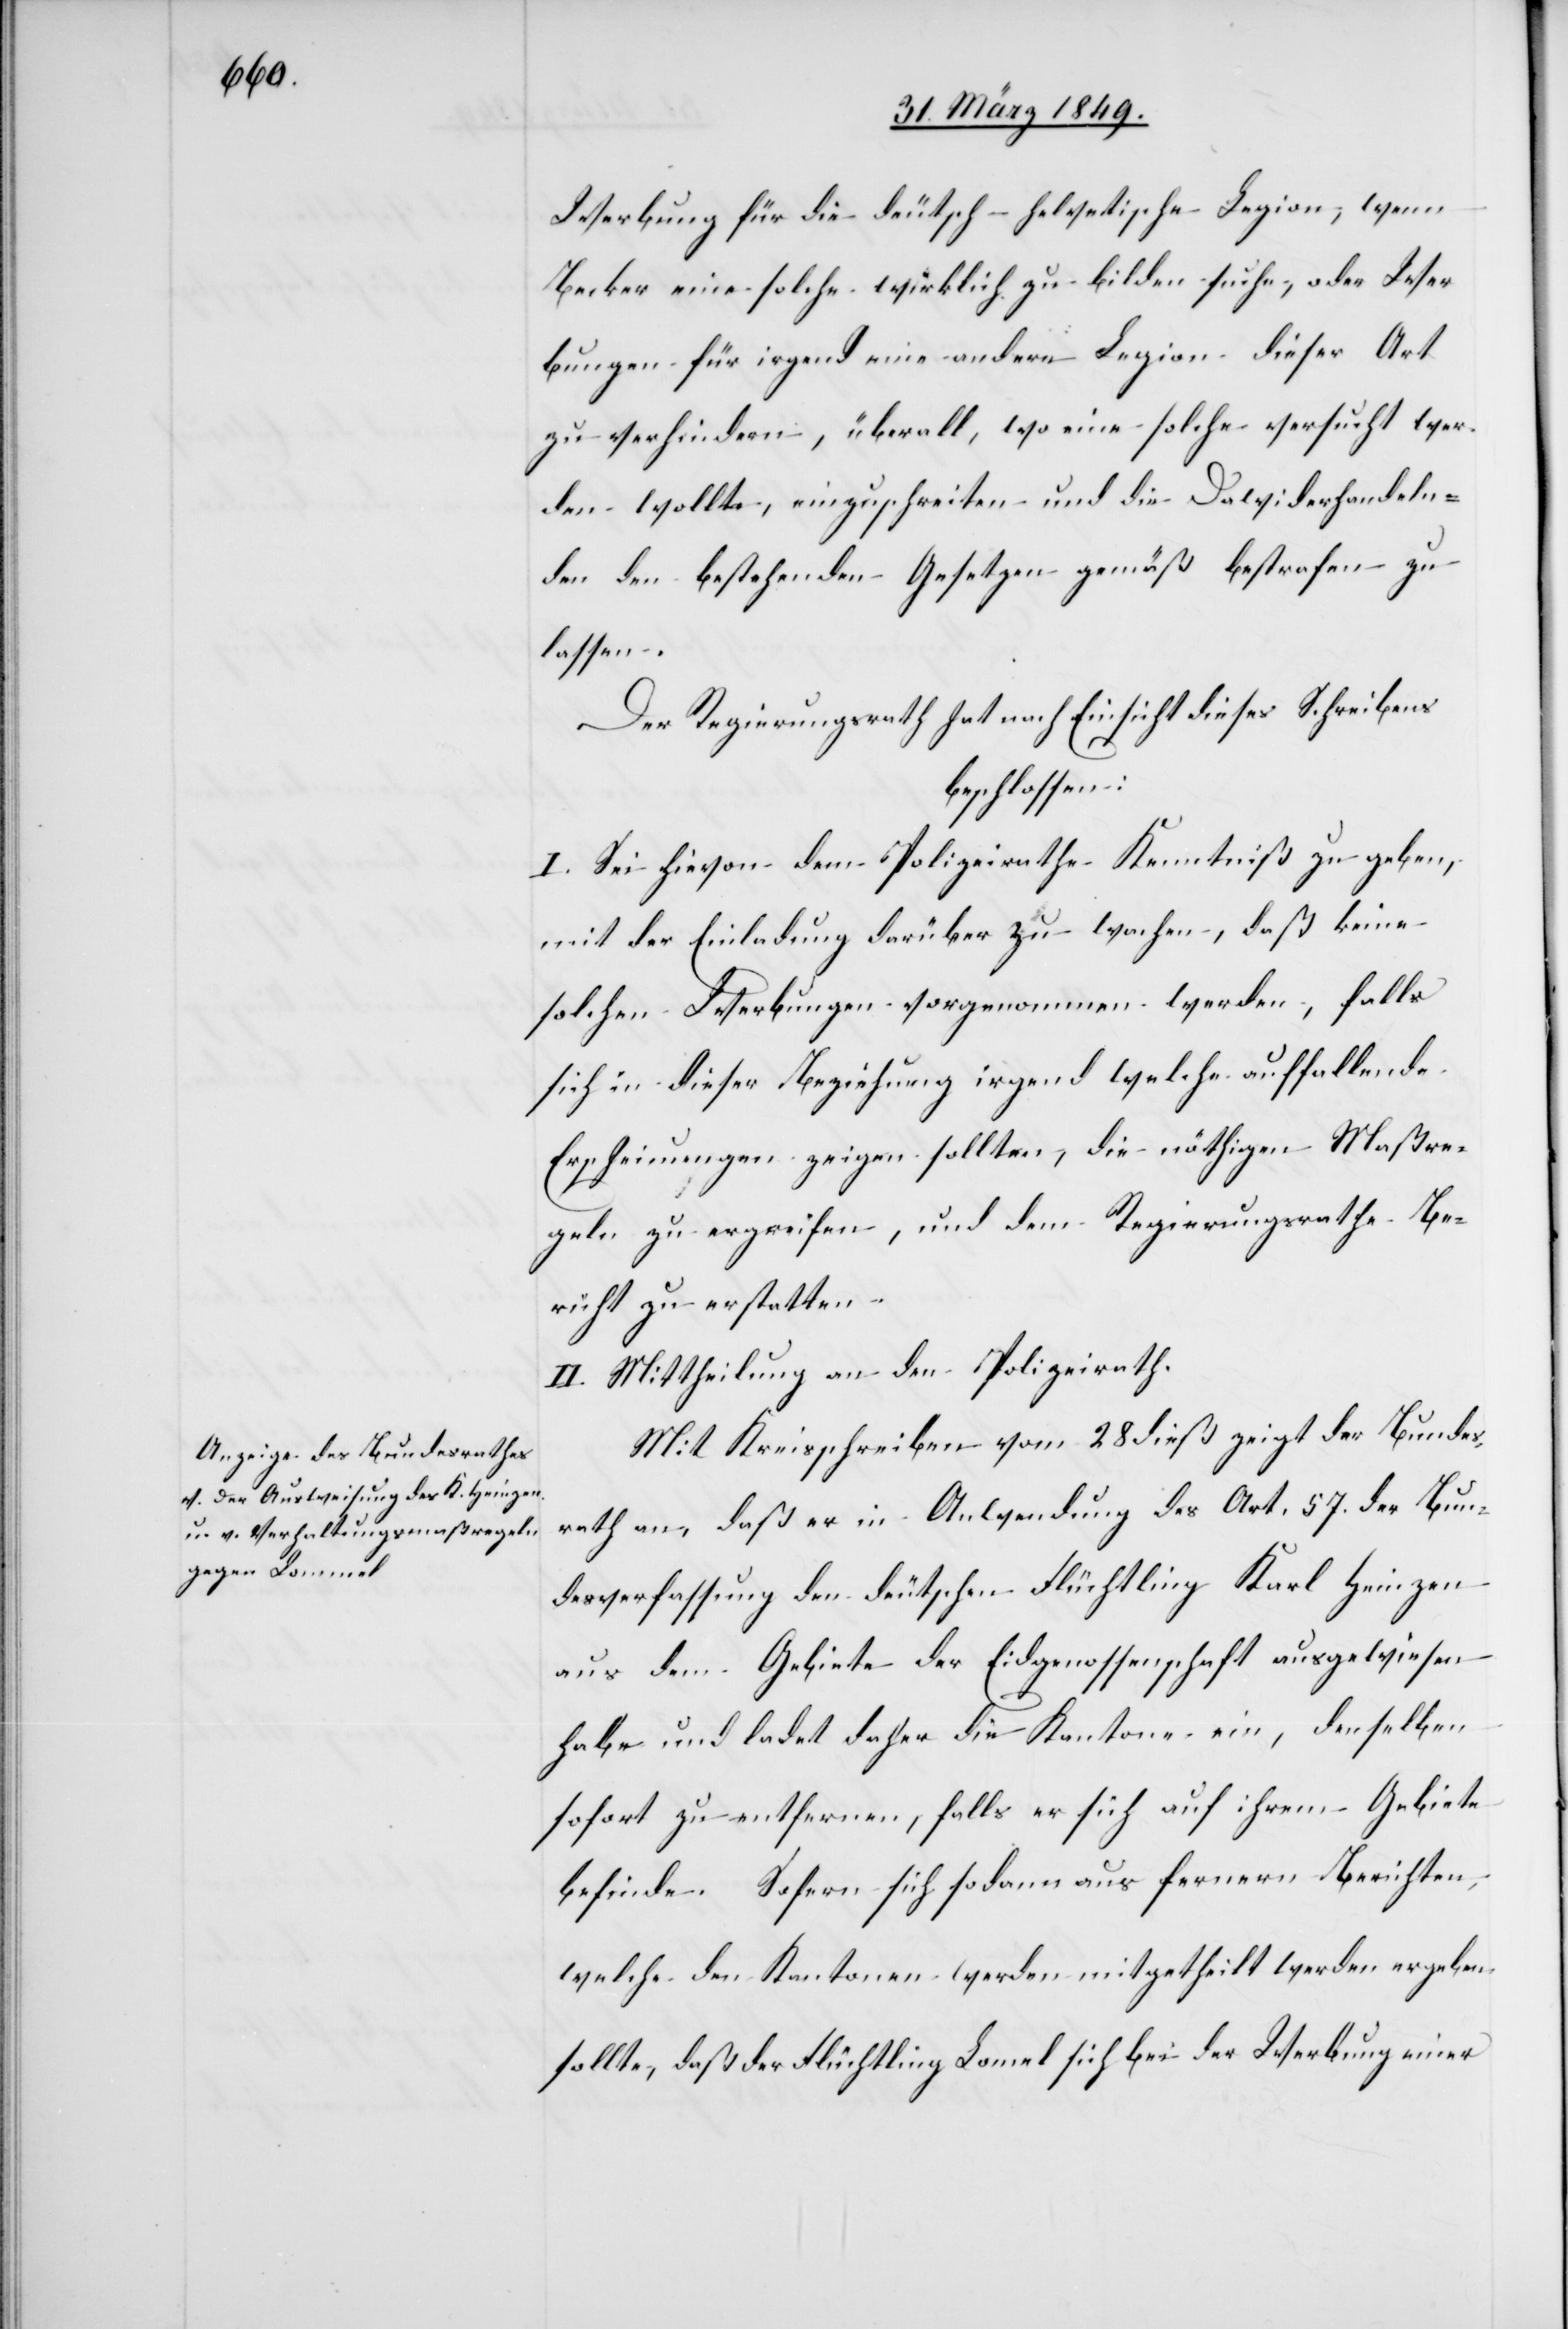
Werbung für die deutsch-helvetische Legion, wenn
[sic!] eine solche wirklich zu bilden suche, oder Wer¬
bungen für irgend eine andere Legion dieser Art
zu verhinern, überall, wo eine solche versucht wer¬
den wollte, einzuschreiten und die Dawiderhandeln¬
den den bestehenden Gesetzen gemäß bestrafen zu
lassen.
Der Regierungsrath hat nach Einsicht dieses Schreibens
beschlossen:
1. Sei hievon dem Polizeirathe Kenntniß zu geben,
mit der Einladung darüber zu wachen, daß keine
solchen Werbungen vorgenommen werden, falls
sich in dieser Beziehung irgend welche auffallende
Erscheinungen zeigen sollten, die nöthigen Maßre¬
geln zu ergreifen, und dem Regierungsrathe Be¬
richt zu erstatten.
II. Mittheilung an den Polizeirath.
Mit Kreisschreiben vom 28 dieß zeigt der Bundes¬
rath an, daß er in Anwendung des Art. 57. der Bun¬
desverfassung den deutschen Flüchtling Karl Heinzen
aus dem Gebiete der Eidgenossenschaft ausgewiesen
habe und ladet daher die Kantone ein, denselben
sofort zu entfernen, falls er sich auf ihrem Gebiete
befinde. Sofern sich sodann aus fernern Berichten,
welche den Kantonen werden mitgetheilt werden ergeben
sollte, daß der Flüchtling Lomel [sic!] sich bei der Werbung einer